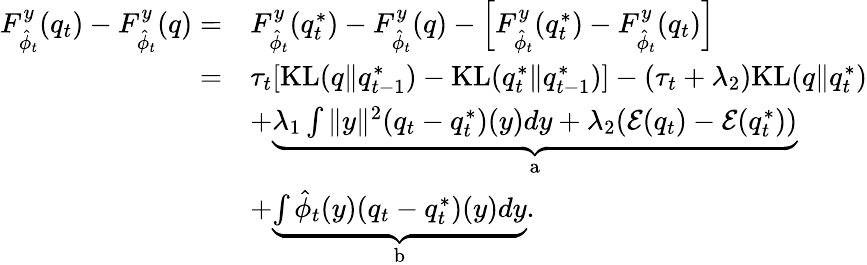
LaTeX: \begin{array}{rl}{F_{\hat{\phi}_{t}}^{y}(q_{t})-F_{\hat{\phi}_{t}}^{y}(q)=}&{F_{\hat{\phi}_{t}}^{y}(q_{t}^{*})-F_{\hat{\phi}_{t}}^{y}(q)-\left[F_{\hat{\phi}_{t}}^{y}(q_{t}^{*})-F_{\hat{\phi}_{t}}^{y}(q_{t})\right]}\\ {=}&{\tau_{t}[\mathrm{KL}(q\| q_{t-1}^{*})-\mathrm{KL}(q_{t}^{*}\| q_{t-1}^{*})]-(\tau_{t}+\lambda_{2})\mathrm{KL}(q\| q_{t}^{*})}\\ &{+\underbrace{\lambda_{1}\int\| y\| ^{2}(q_{t}-q_{t}^{*})(y)dy+\lambda_{2}(\mathcal{E}(q_{t})-\mathcal{E}(q_{t}^{*}))}_{\mathrm{a}}}\\ &{+\underbrace{\int\hat{\phi}_{t}(y)(q_{t}-q_{t}^{*})(y)dy}_{\mathrm{b}}.}\end{array}